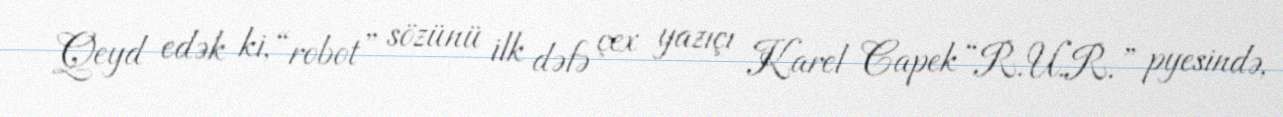
Qeyd edək ki, “robot” sözünü ilk dəfə çex yazıçı Karel Capek “R.U.R.” pyesində,